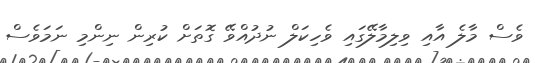
ވެސް މާލެ އާއި ވިލިމާލޭގައި ވެހިކަލް ނުދުއްވޭ ގޮތަށް ކުރިން ނިންމި ނަމަވެސް